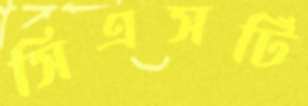
সিএসটি